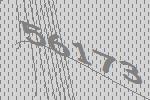
56173